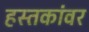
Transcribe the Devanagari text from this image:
हस्तकांवर